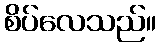
စိပ်လေသည်။